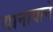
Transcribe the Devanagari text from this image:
यानावाने